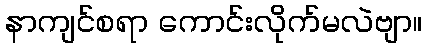
နာကျင်စရာ ကောင်းလိုက်မလဲဗျာ။